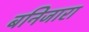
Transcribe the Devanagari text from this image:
बनिजारा